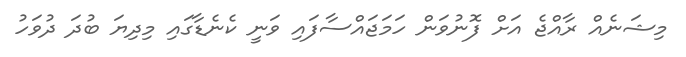
މިޝަނެއް ރާއްޖެ އަށް ފޮނުވަން ހަމަޖައްސާފައި ވަނީ ކެނެޑާގައި މިދިޔަ ބުދަ ދުވަހު